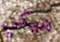
هيكي